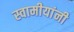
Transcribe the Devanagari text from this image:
स्वामीयांनी